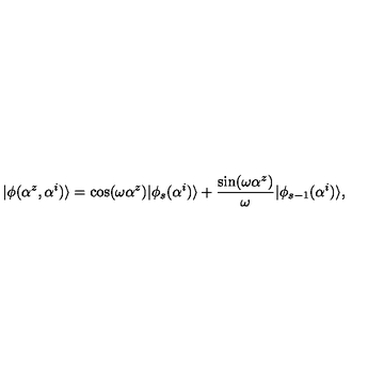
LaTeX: | \phi ( \alpha ^ { z } , \alpha ^ { i } ) \rangle = \cos ( \omega \alpha ^ { z } ) | \phi _ { s } ( \alpha ^ { i } ) \rangle + \frac { \sin ( \omega \alpha ^ { z } ) } { \omega } | \phi _ { s - 1 } ( \alpha ^ { i } ) \rangle ,